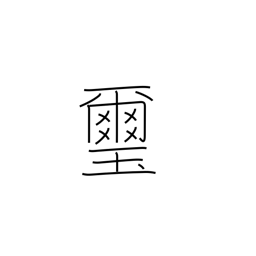
Meaning: emperor's seal